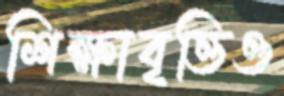
শিক্ষাবৃত্তিও